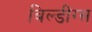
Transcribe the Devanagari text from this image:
बिल्डींग्स